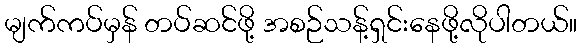
မျက်ကပ်မှန် တပ်ဆင်ဖို့ အစဉ်သန့်ရှင်းနေဖို့လိုပါတယ်။